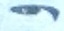
و